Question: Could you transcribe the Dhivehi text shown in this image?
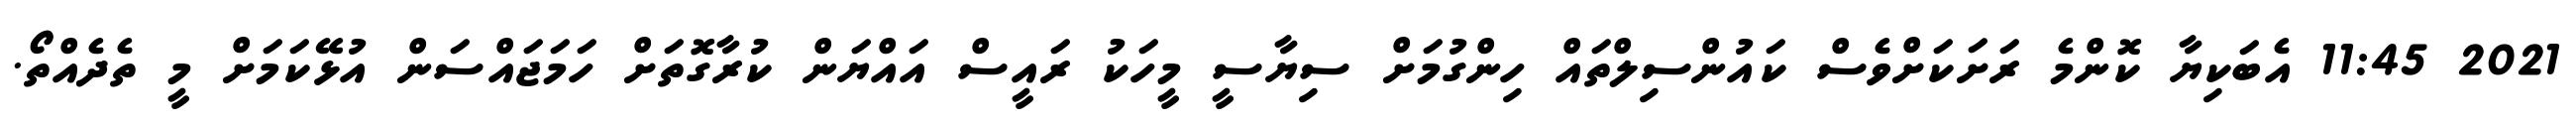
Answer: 2021 11:45 އެބަކިޔާ ކޮންމެ ރަށަކަށްވެސް ކައުންސިލްތައް ހިންގުމަށް ސިޔާސީ މީހަކު ރައީސް އައްޔަން ކުރާގޮތަށް ހަމަޖައްސަން އުޅޭކަމަށް މީ ތެދެއްތޯ.